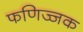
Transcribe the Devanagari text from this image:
फणिज्जक